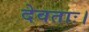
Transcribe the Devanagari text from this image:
देवताः।